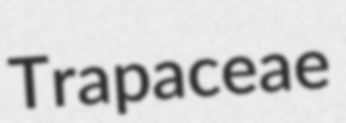
Trapaceae